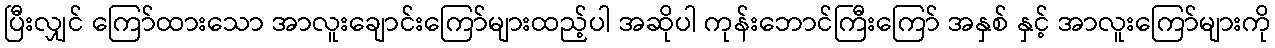
ပြီးလျှင် ကြော်ထားသော အာလူးချောင်းကြော်များထည့်ပါ အဆိုပါ ကုန်းဘောင်ကြီးကြော် အနှစ် နှင့် အာလူးကြော်များကို